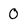
Character: 0